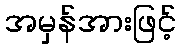
အမှန်အားဖြင့်